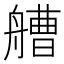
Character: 艚